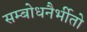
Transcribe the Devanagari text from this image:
सम्बोधनैर्भीतो